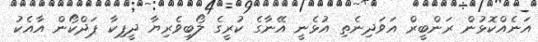
އަނެއްކޮޅުން ރަންބީރް އަވަދިނެތި އުޅެނީ އޭނާގެ ކުރީގެ ލޯބިވެރިޔާ ދީޕިކާ ޕަދްކޯން އާއެކު